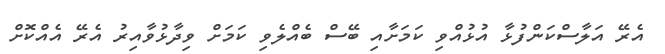
އެރޭ އަލާސްކަންފުޅާ އުޅުއްވި ކަމަށާއި ބޭސް ބެއްލެވި ކަމަށް ވިދާޅުވާއިރު އެރޭ އެއްކޮށް